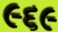
૯૬૯